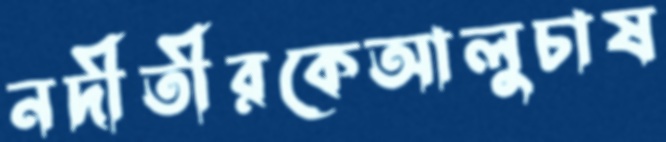
নদীতীরকেআলুচাষ